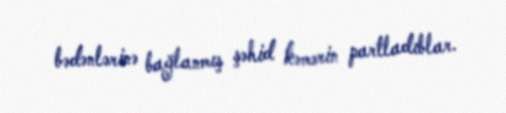
bədənlərinə bağlanmış şəhid kəmərin partladıblar.